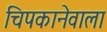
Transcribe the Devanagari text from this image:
चिपकानेवाला